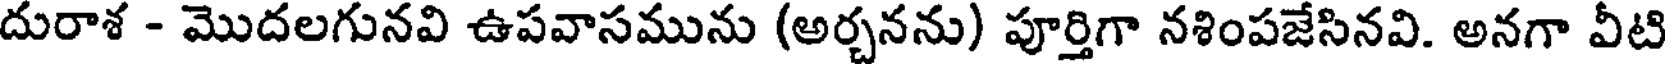
దురాశ - మొదలగునవి ఉపవాసమును (అర్చనను) పూర్తిగా నశింపజేసినవి. అనగా వీటి